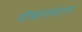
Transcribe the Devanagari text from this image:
नौबस्तवाल